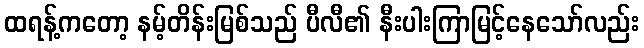
ထရန့်ကတော့ နမ့်တိန်းမြစ်သည် ပီလီ၏ နီးပါးကြာမြင့်နေသော်လည်း